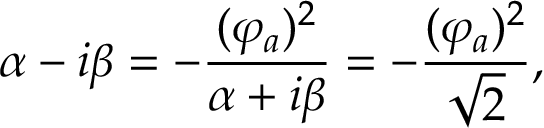
\alpha - i \beta = - { \frac { ( \varphi _ { a } ) ^ { 2 } } { \alpha + i \beta } } = - { \frac { ( \varphi _ { a } ) ^ { 2 } } { \sqrt { 2 } } } ,